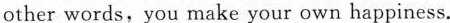
other words, you make your own happiness.